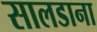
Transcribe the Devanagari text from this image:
सालडाना